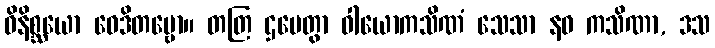
ဝိနိစ္ဆယော ဝေဒိတဗ္ဗော။ တတြ ဌပေတွာ ဝါယောကသိဏံ သေသာ နဝ ကသိဏာ, ဒသ